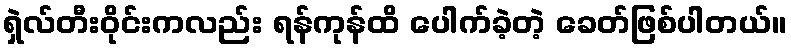
ရှဲလ်တီးဝိုင်းကလည်း ရန်ကုန်ထိ ပေါက်ခဲ့တဲ့ ခေတ်ဖြစ်ပါတယ်။